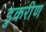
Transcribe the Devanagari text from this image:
डुकरीण